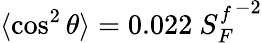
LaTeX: \langle\cos^{2}\theta\rangle=0.022~{S_{F}^{f}}^{-2}